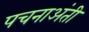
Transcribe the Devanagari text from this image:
पचनाअंती